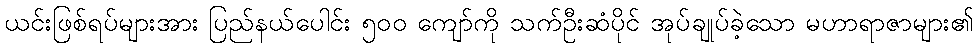
ယင်းဖြစ်ရပ်များအား ပြည်နယ်ပေါင်း ၅၀၀ ကျော်ကို သက်ဦးဆံပိုင် အုပ်ချုပ်ခဲ့သော မဟာရာဇာများ၏